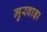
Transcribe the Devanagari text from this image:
मुरवाड़ा